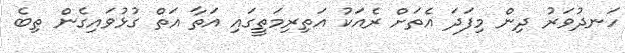
ހަނދުވަރު ދިން މިފަދަ އެތަށް ރެއަކު އަތިރިމަތީގައި އަތާ އަތް ގުޅުވައިގެން ތިބެ